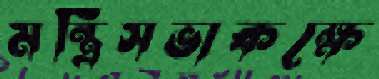
মন্ত্রিসভাকক্ষে